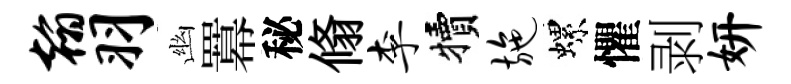
翰羽幽羃秘翛李犢施螺懼剥妍